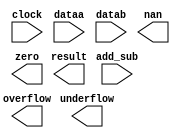
// megafunction wizard: %ALTFP_ADD_SUB%VBB%
// GENERATION: STANDARD
// VERSION: WM1.0
// MODULE: altfp_add_sub 

// ============================================================
// Megafunction Name(s):
// 			altfp_add_sub
//
// Simulation Library Files(s):
// 			lpm
// ============================================================
// ************************************************************
// THIS IS A WIZARD-GENERATED FILE. DO NOT EDIT THIS FILE!
//
// 17.1.0 Build 590 10/25/2017 SJ Lite Edition
// ************************************************************

//Copyright (C) 2017  Intel Corporation. All rights reserved.
//Your use of Intel Corporation's design tools, logic functions 
//and other software and tools, and its AMPP partner logic 
//functions, and any output files from any of the foregoing 
//(including device programming or simulation files), and any 
//associated documentation or information are expressly subject 
//to the terms and conditions of the Intel Program License 
//Subscription Agreement, the Intel Quartus Prime License Agreement,
//the Intel FPGA IP License Agreement, or other applicable license
//agreement, including, without limitation, that your use is for
//the sole purpose of programming logic devices manufactured by
//Intel and sold by Intel or its authorized distributors.  Please
//refer to the applicable agreement for further details.

module add_sub (
	add_sub,
	clock,
	dataa,
	datab,
	nan,
	overflow,
	result,
	underflow,
	zero)/* synthesis synthesis_clearbox = 1 */;

	input	  add_sub;
	input	  clock;
	input	[31:0]  dataa;
	input	[31:0]  datab;
	output	  nan;
	output	  overflow;
	output	[31:0]  result;
	output	  underflow;
	output	  zero;

endmodule

// ============================================================
// CNX file retrieval info
// ============================================================
// Retrieval info: PRIVATE: FPM_FORMAT NUMERIC "0"
// Retrieval info: PRIVATE: INTENDED_DEVICE_FAMILY STRING "Cyclone V"
// Retrieval info: PRIVATE: SYNTH_WRAPPER_GEN_POSTFIX STRING "0"
// Retrieval info: PRIVATE: WIDTH_DATA NUMERIC "32"
// Retrieval info: LIBRARY: altera_mf altera_mf.altera_mf_components.all
// Retrieval info: CONSTANT: DENORMAL_SUPPORT STRING "NO"
// Retrieval info: CONSTANT: DIRECTION STRING "VARIABLE"
// Retrieval info: CONSTANT: INTENDED_DEVICE_FAMILY STRING "Cyclone V"
// Retrieval info: CONSTANT: OPTIMIZE STRING "SPEED"
// Retrieval info: CONSTANT: PIPELINE NUMERIC "7"
// Retrieval info: CONSTANT: REDUCED_FUNCTIONALITY STRING "NO"
// Retrieval info: CONSTANT: WIDTH_EXP NUMERIC "8"
// Retrieval info: CONSTANT: WIDTH_MAN NUMERIC "23"
// Retrieval info: USED_PORT: add_sub 0 0 0 0 INPUT NODEFVAL "add_sub"
// Retrieval info: USED_PORT: clock 0 0 0 0 INPUT NODEFVAL "clock"
// Retrieval info: USED_PORT: dataa 0 0 32 0 INPUT NODEFVAL "dataa[31..0]"
// Retrieval info: USED_PORT: datab 0 0 32 0 INPUT NODEFVAL "datab[31..0]"
// Retrieval info: USED_PORT: nan 0 0 0 0 OUTPUT NODEFVAL "nan"
// Retrieval info: USED_PORT: overflow 0 0 0 0 OUTPUT NODEFVAL "overflow"
// Retrieval info: USED_PORT: result 0 0 32 0 OUTPUT NODEFVAL "result[31..0]"
// Retrieval info: USED_PORT: underflow 0 0 0 0 OUTPUT NODEFVAL "underflow"
// Retrieval info: USED_PORT: zero 0 0 0 0 OUTPUT NODEFVAL "zero"
// Retrieval info: CONNECT: @add_sub 0 0 0 0 add_sub 0 0 0 0
// Retrieval info: CONNECT: @clock 0 0 0 0 clock 0 0 0 0
// Retrieval info: CONNECT: @dataa 0 0 32 0 dataa 0 0 32 0
// Retrieval info: CONNECT: @datab 0 0 32 0 datab 0 0 32 0
// Retrieval info: CONNECT: nan 0 0 0 0 @nan 0 0 0 0
// Retrieval info: CONNECT: overflow 0 0 0 0 @overflow 0 0 0 0
// Retrieval info: CONNECT: result 0 0 32 0 @result 0 0 32 0
// Retrieval info: CONNECT: underflow 0 0 0 0 @underflow 0 0 0 0
// Retrieval info: CONNECT: zero 0 0 0 0 @zero 0 0 0 0
// Retrieval info: GEN_FILE: TYPE_NORMAL add_sub.v TRUE
// Retrieval info: GEN_FILE: TYPE_NORMAL add_sub.inc FALSE
// Retrieval info: GEN_FILE: TYPE_NORMAL add_sub.cmp FALSE
// Retrieval info: GEN_FILE: TYPE_NORMAL add_sub.bsf FALSE
// Retrieval info: GEN_FILE: TYPE_NORMAL add_sub_inst.v FALSE
// Retrieval info: GEN_FILE: TYPE_NORMAL add_sub_bb.v TRUE
// Retrieval info: LIB_FILE: lpm